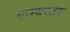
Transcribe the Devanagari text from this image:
कम्बस्टर